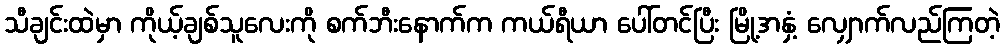
သီချင်းထဲမှာ ကိုယ့်ချစ်သူလေးကို စက်ဘီးနောက်က ကယ်ရီယာ ပေါ်တင်ပြီး မြို့အနှံ့ လျှောက်လည်ကြတဲ့